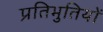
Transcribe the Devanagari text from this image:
प्रतिभुतियों